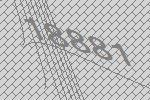
18881